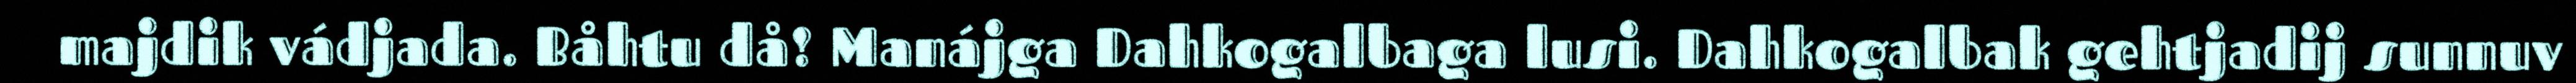
majdik vádjada. Båhtu då! Manájga Dahkogalbaga lusi. Dahkogalbak gehtjadij sunnuv